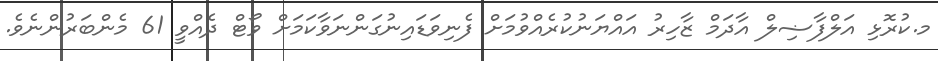
މ.ކުރޮޅި އަލްފާޟިލް އާދަމް ޒާހިރު އައްޔަނުކުރެއްވުމަށް ފެނިވަޑައިނުގަންނަވާކަމަށް ވޯޓް ދެއްވީ 61 މެންބަރުންނެވެ.